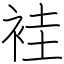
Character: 袿